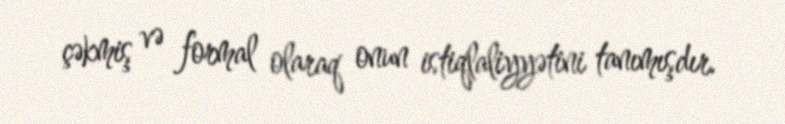
çəkmiş və formal olaraq onun istiqlaliyyətini tanımışdır.